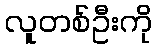
လူတစ်ဦးကို